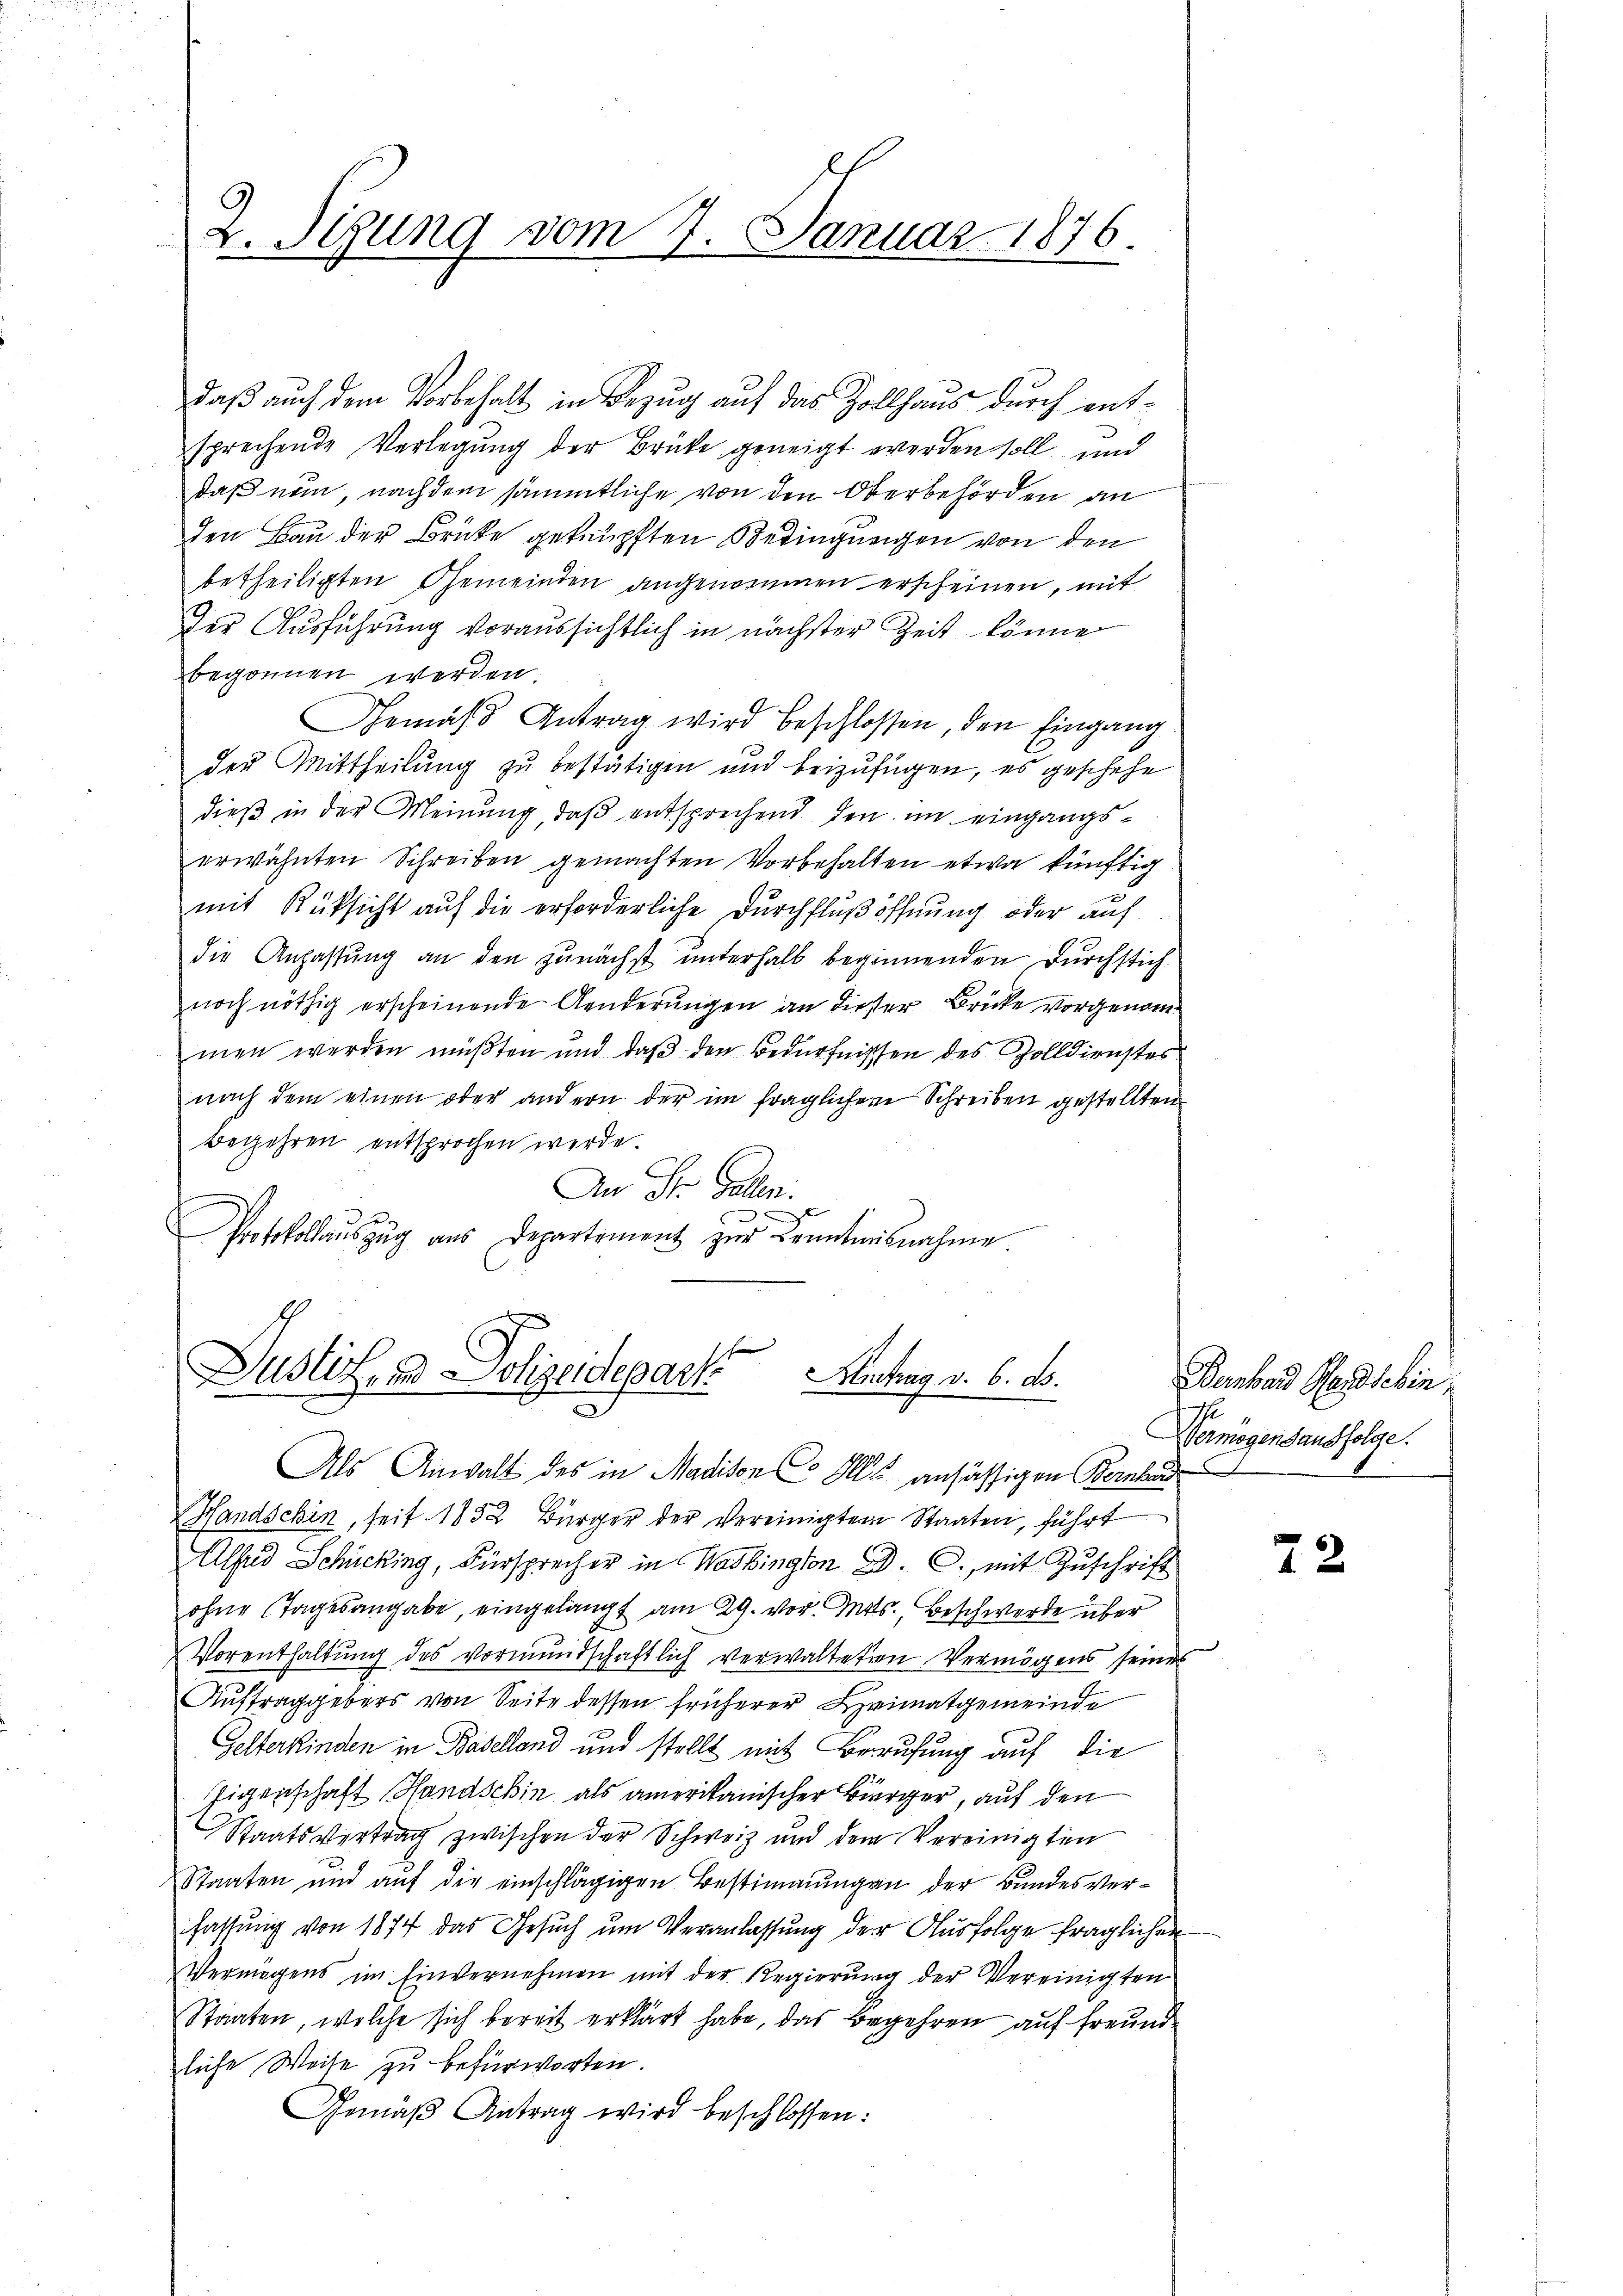
daß auch dem Vorbehalt in Bezug auf das Zollhaus durch entsprechende Verlegung der Brücke geneigt werden soll, und
daß nem, nachdem sämmtliche von den Oberbehörden an
den Bau der Brücke geknüpften Bedingungen von den
betheiligten Gemeinden angenommen erscheinen, mit
der Ausführung voraussichtlich in nächster Zeit könne
begonnen werden.
Gemäss Antrag wird beschlossen, den Eingang
der Mittheilung zu bestätigen und beizufügen, es geschehe
dieß in der Meinung, daß entsprechend den im eingangserwähnten Schreiben gemachten Vorbehalten etwa künftig
mit Rüksicht auf die erforderliche Durchflußöffnung oder auf
die Anfassŭng an den zunächst ŭnterhalb beginnenden durchstich
noch nöthig erscheinende Aenderungen an dieser Brücke vorgenommen werden müßten und daß den Bedürfnissen des Zolldienstes
nach dem einen oder andern der im fraglichen Schreiben gestellten
Begehren entsprochen werde.
An St. Gallen.
x

Protokollaŭszŭg ans Departement zŭr Kenntnisnahme.

2. Sigung vom 7. Januar 1876.

Dustiz- und Polizeidepart Antrag v. 6. ds.

Als Anwalt des in Madison C. Hlr. ansässigen Bernhard
Landschin, seit 1852 Bürger der Vereinigten Staaten, führt
Alfad Schücking, Fürsprecher in Washington D. C. mit Zuschrift
ohne Tagesangabe, eingelangt am 29. vor. Mts., Beschwerde über
Vorenthaltung des Vormundschaftlich verwalteten Vermögens seines
Auftraggebers von Seite dessen früherer Heimatgemeinde
Gelterkinden in Baselland und stellt mit Berufung auf die
Eigenschaft Handschin als amerikanischer Bürger, auf den
Staatsvertrag zwischen der Schweiz und dem Vereinigten
Staaten und auf die einschlägigen Bestimmungen der Bundesverfassung von 1874 das Gesuch um Veranlassung der Ausfolge fraglichen
Vermögens im Einvernehmen mit der Regierŭng der Vereinigten
Staaten, welche sich bereit erklärt habe, das Begehren auf freundliche Weite zu befürworten.
Gemäβ Antrag wird beschlossen:

Bernhard Heisschin
e
Vermögensausfolge.

72